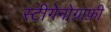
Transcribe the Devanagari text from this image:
स्टीगेनोग्राफ़ी